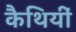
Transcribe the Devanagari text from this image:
कैथियीं